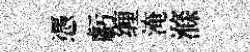
憑虧缠淹滌